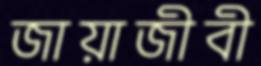
জায়াজীবী